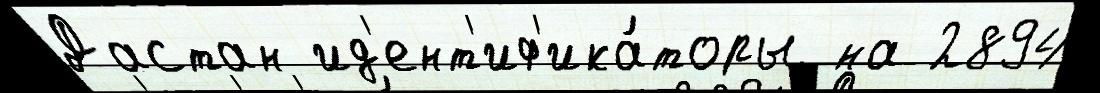
Дастан ид'ент'иф'ика́торы на 2894